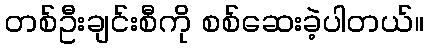
တစ်ဦးချင်းစီကို စစ်ဆေးခဲ့ပါတယ်။